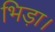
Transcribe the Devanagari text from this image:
भिड़ा।